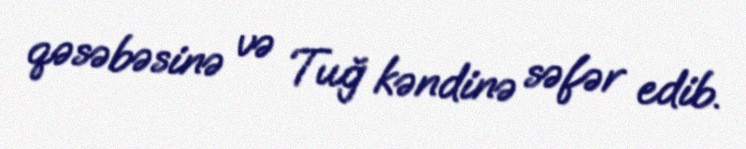
qəsəbəsinə və Tuğ kəndinə səfər edib.